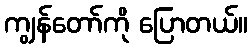
ကျွန်တော်ကို ပြောတယ်။